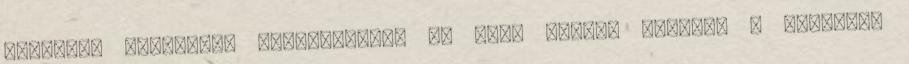
zálogjog törlésére vonatkozóan, az adós perben kérheti a zálogjog